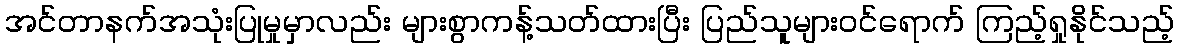
အင်တာနက်အသုံးပြုမှုမှာလည်း များစွာကန့်သတ်ထားပြီး ပြည်သူများဝင်ရောက် ကြည့်ရှုနိုင်သည့်